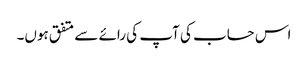
اس حساب کی آپ کی رائے سے متفق ہوں۔